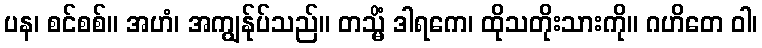
ပန၊ စင်စစ်။ အဟံ၊ အကျွန်ုပ်သည်။ တသ္မိံ ဒါရကေ၊ ထိုသတိုးသားကို။ ဂဟိတေ ဝါ၊